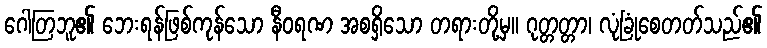
ဂေါတြဘူ၏ ဘေးရန်ဖြစ်ကုန်သော နီဝရဏ အစရှိသော တရားတို့မှ။ ဂုတ္တတ္တာ၊ လုံခြုံစေတတ်သည်၏